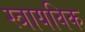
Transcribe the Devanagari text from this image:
स्त्रायविक